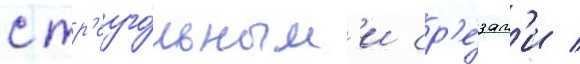
с тр'еуго́льным'и ср'е́зам'и /